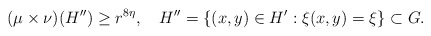
\begin{align*}(\mu\times\nu)(H'') \geq r^{8\eta},\quad H''=\{ (x,y)\in H' : \xi(x,y)=\xi\} \subset G.\end{align*}